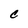
Character: C